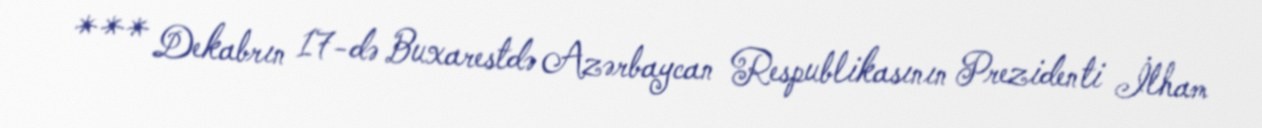
*** Dekabrın 17-də Buxarestdə Azərbaycan Respublikasının Prezidenti İlham